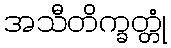
အသီတိက္ခတ္တုံ